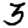
Digit: 3